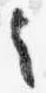
々